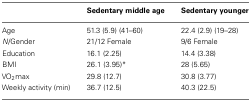
<table><thead><tr><td></td><td><b>Sedentary middle age</b></td><td><b>Sedentary younger</b></td></tr></thead><tbody><tr><td>Age</td><td>51.3 (5.9) (41–60)</td><td>22.4 (2.9) (19–28)</td></tr><tr><td><i>N</i>/Gender</td><td>21/12 Female</td><td>9/6 Female</td></tr><tr><td>Education</td><td>16.1 (2.25)</td><td>14.4 (3.38)</td></tr><tr><td>BMI</td><td>26.1 (3.95)*</td><td>28 (5.65)</td></tr><tr><td>VO<sub>2</sub>max</td><td>29.8 (12.7)</td><td>30.8 (3.77)</td></tr><tr><td>Weekly activity (min)</td><td>36.7 (12.5)</td><td>40.3 (22.5)</td></tr></tbody></table>